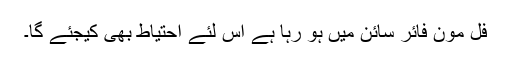
فل مون فائر سائن میں ہو رہا ہے اس لئے احتیاط بھی کیجئے گا۔